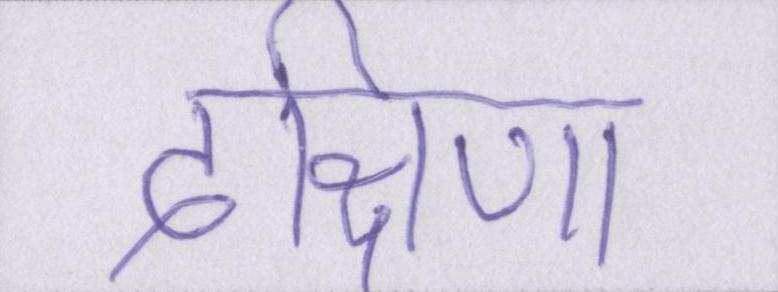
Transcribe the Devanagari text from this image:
दक्षिणा